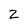
Character: 2